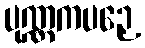
ပုဏ္ဏကပဉှေ